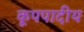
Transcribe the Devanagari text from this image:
कूपपादीय